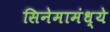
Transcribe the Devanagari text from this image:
सिनेमामंध्ये